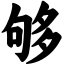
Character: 够